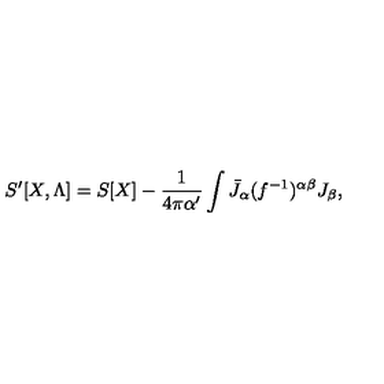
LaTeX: S ^ { \prime } [ X , \Lambda ] = S [ X ] - { \frac { 1 } { 4 \pi \alpha ^ { \prime } } } \int \bar { J } _ { \alpha } ( f ^ { - 1 } ) ^ { \alpha \beta } J _ { \beta } ,